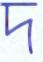
দ